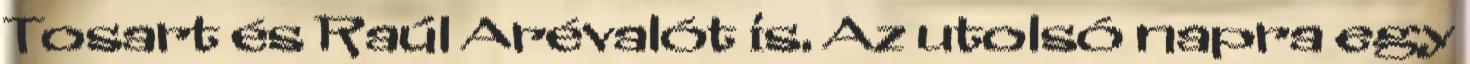
Tosart és Raúl Arévalót is. Az utolsó napra egy